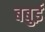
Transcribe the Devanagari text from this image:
बबुई